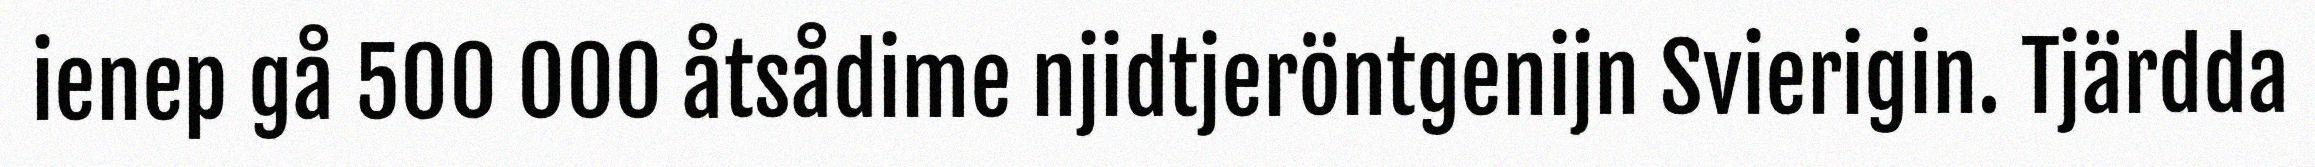
ienep gå 500 000 åtsådime njidtjeröntgenijn Svierigin. Tjärdda